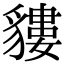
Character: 貗